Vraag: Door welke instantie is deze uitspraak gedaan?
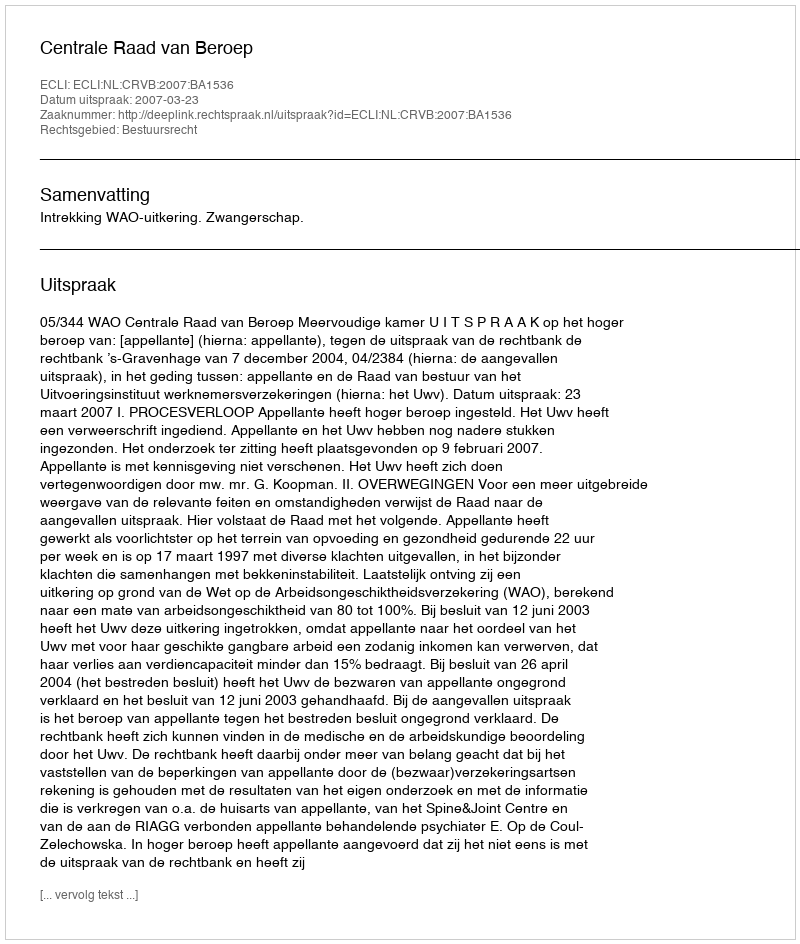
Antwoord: Centrale Raad van Beroep